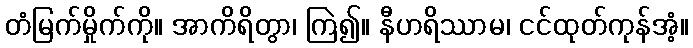
တံမြက်မှိုက်ကို။ အာကိရိတွာ၊ ကြဲ၍။ နီဟရိဿာမ၊ ငင်ထုတ်ကုန်အံ့။